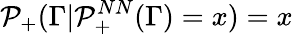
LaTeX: \mathcal{P}_{+}(\Gamma|\mathcal{P}_{+}^{NN}(\Gamma)=x)=x